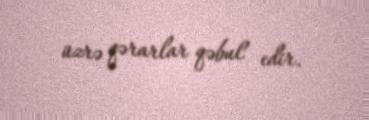
üzrə qərarlar qəbul edir.